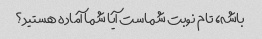
باشه، تام نوبت شماست آیا شما آماده هستید؟